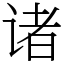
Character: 诸